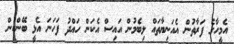
އެމީހާގެ ފަރާތުން އެއަނިޔާތައް ލިބެމުން އައިސް އެކަން ހައްދު ފަހަނަ އެޅީ ބޭންކުން